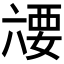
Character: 𰃥